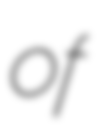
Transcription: of